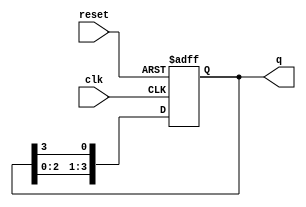
module multi_stage_ring_counter #(parameter N = 4) (
    input wire clk,          // Clock signal
    input wire reset,        // Asynchronous reset
    output reg [N-1:0] q     // Output representing the state of the counter
);

    // Initialize the counter
    always @(posedge clk or posedge reset) begin
        if (reset) begin
            // Set the first flip-flop to '1' and others to '0'
            q <= 1'b1 << (N-1); // Initialize to 100...0 (N stages)
        end else begin
            // Shift the '1' through the ring
            q <= {q[N-2:0], q[N-1]}; // Shift left and wrap around
        end
    end

endmodule